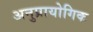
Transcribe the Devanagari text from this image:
अनुप्रायोगिक